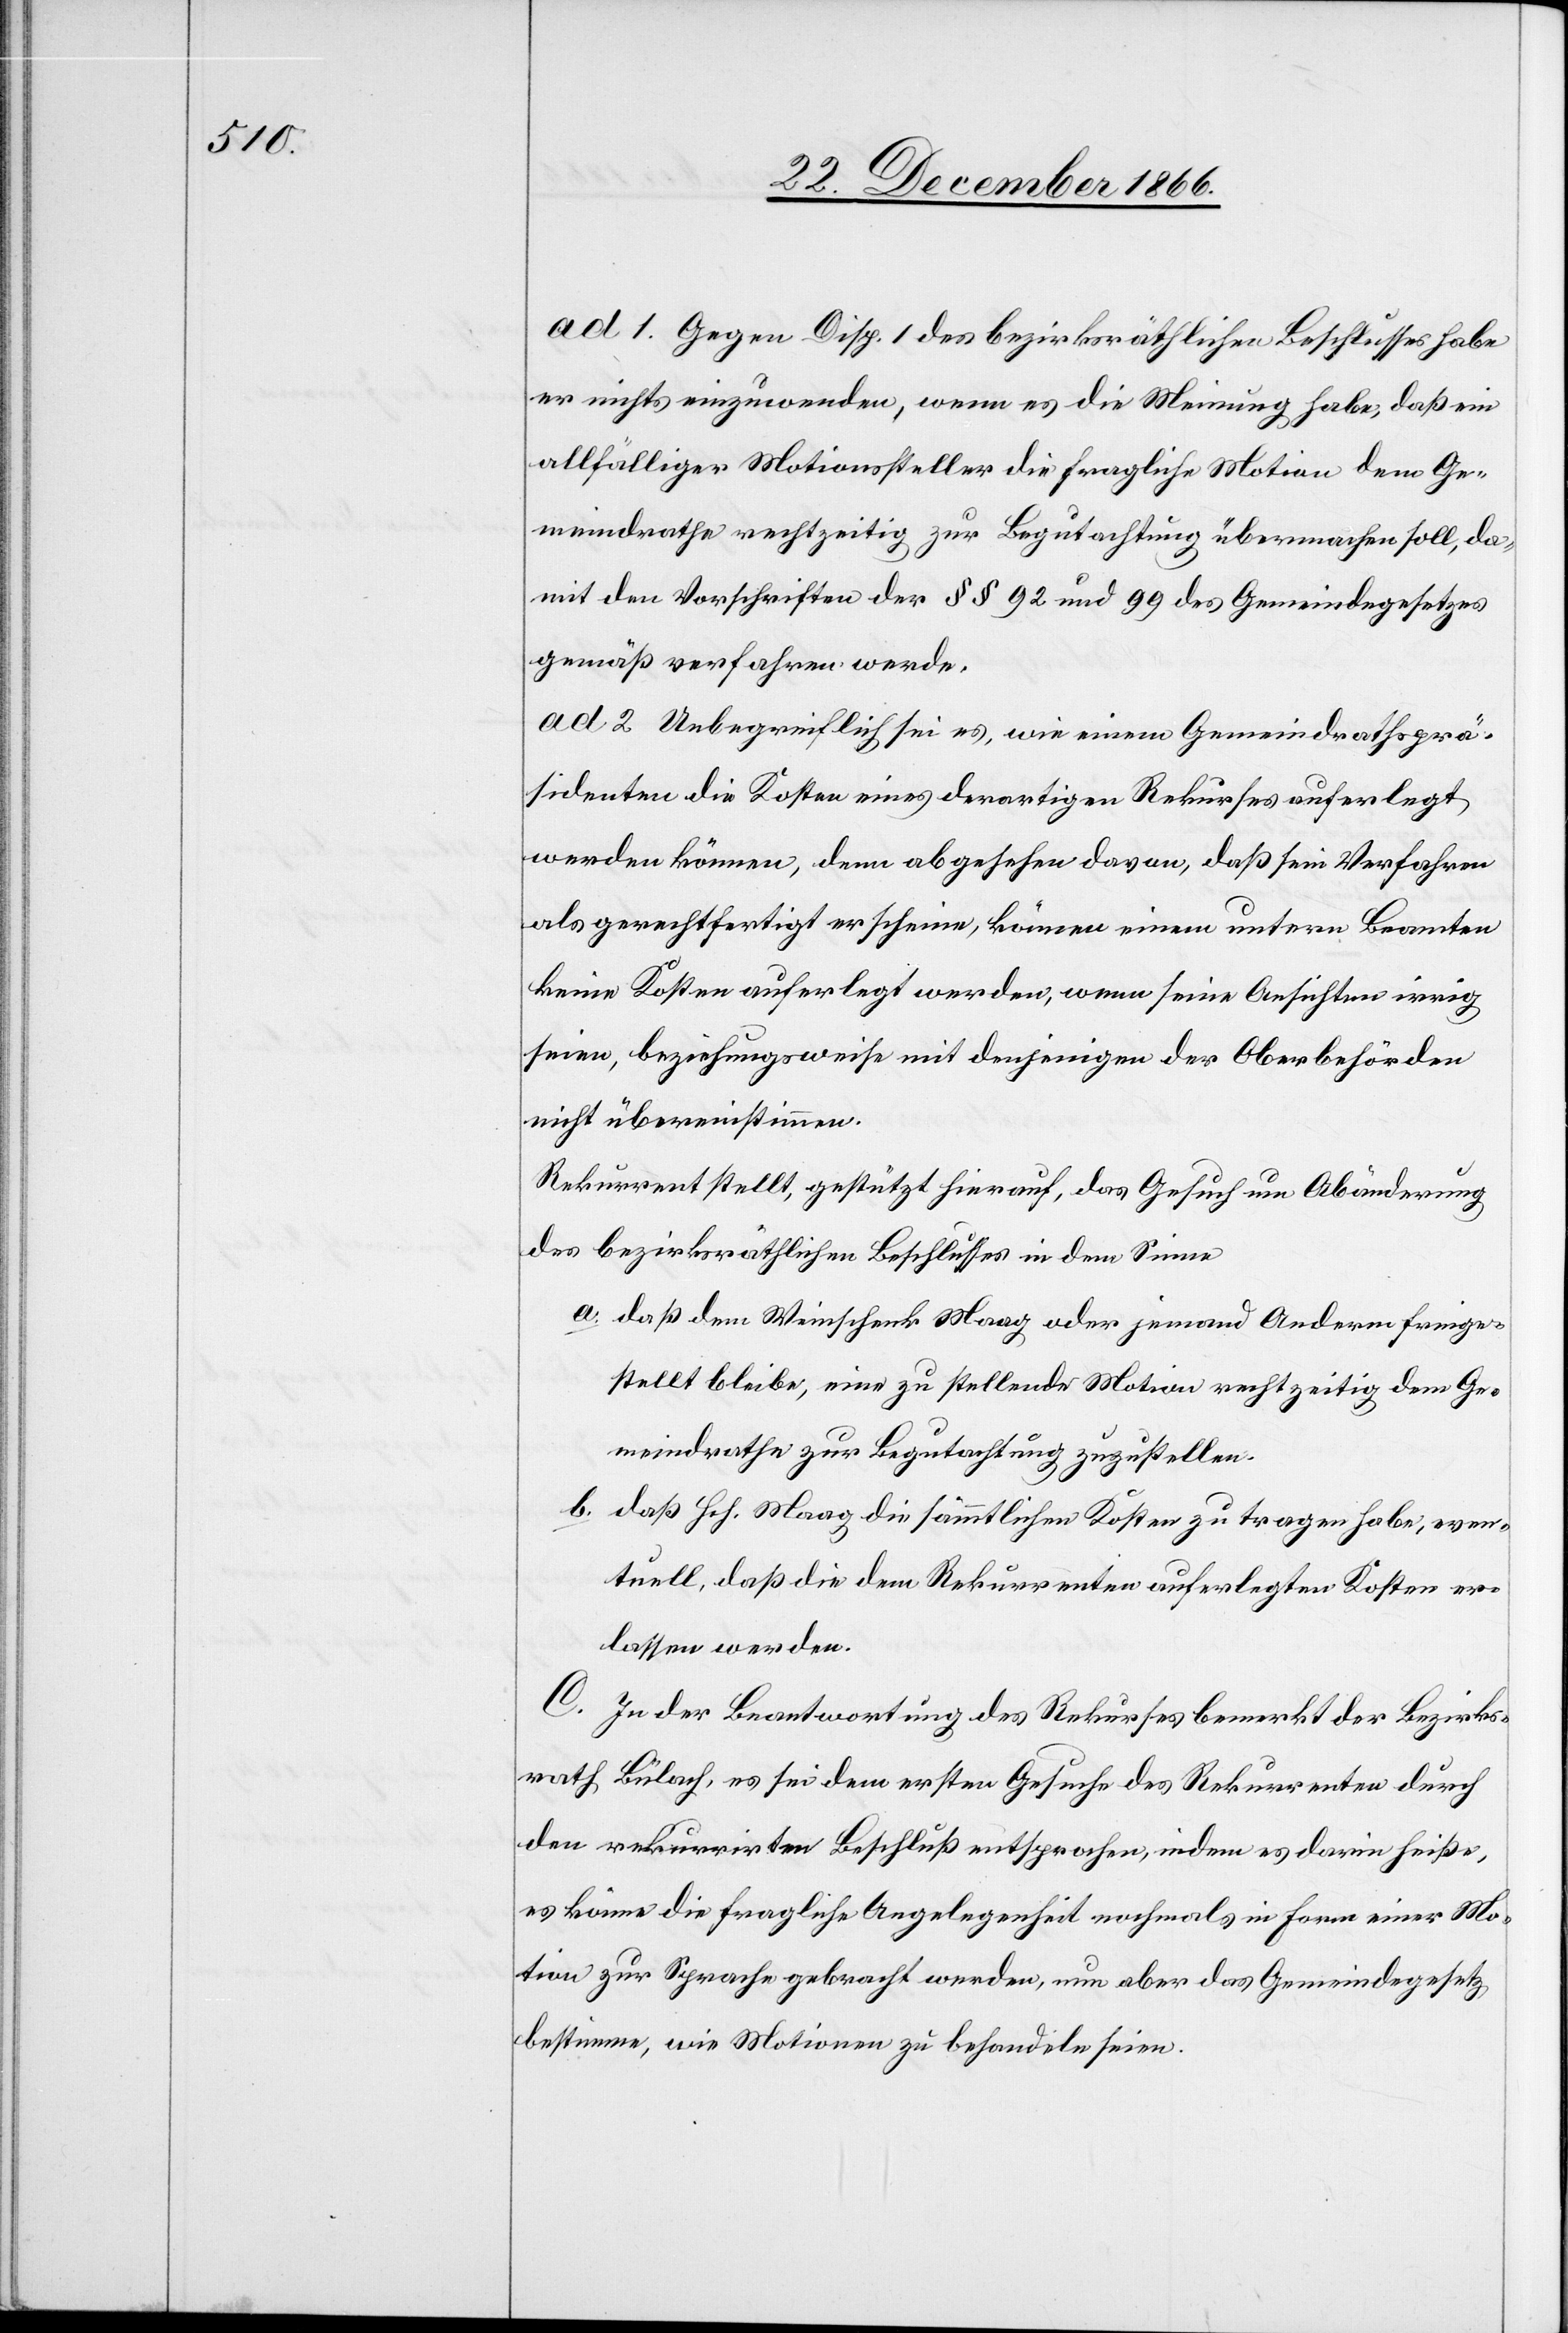
ad 1. Gegen Disp. 1 des bezirksräthlichen Beschlusses habe
er nichts einzuwenden, wenn es die Meinung habe, daß ein
allfälliger Motionssteller die fragliche Motion dem Ge¬
meindrathe rechtzeitig zur Begutachtung übermachen soll, da¬
mit den Vorschriften der § § 92 und 99 des Gemeindegesetzes
gemäß verfahren werde,
ad 2 Unbegreiflich sei es, wie einem Gemeindrathsprä¬
sidenten die Kosten eines derartigen Rekurses auferlegt
werden können, denn abgesehen davon, daß sein Verfahren
als gerechtfertigt erscheine, können einem untern Beamten
keine Kosten auferlegt werden, wenn seine Ansichten irrig
seien, beziehungsweise mit denjenigen der Oberbehörden
nicht übereinstimmen.
Rekurrent stellt, gestützt hierauf, das Gesuch um Abänderung
des bezirksräthlichen Beschlusses in dem Sinne
a. daß dem Weinschenk Maag oder jemand Anderm freige¬
stellt bleibe, eine zu stellende Motion rechtzeitig dem Ge¬
meindrathe zur Begutachtung zuzustellen.
b. daß Hch. Maag die sämmtlichen Kosten zu tragen habe, even¬
tuell, daß die dem Rekurrenten auferlegten Kosten er¬
lassen werden.
C. In der Beantwortung des Rekurses bemerkt der Bezirks¬
rath Bülach, es sei dem ersten Gesuche des Rekurrenten durch
den rekurrirten Beschluß entsprochen, indem es darin heiße,
es könne die fragliche Angelegenheit nochmals in Form einer Mo¬
tion zur Sprache gebracht werden, nun aber das Gemeindegesetz
bestimme, wie Motionen zu behandeln seien.